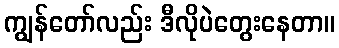
ကျွန်တော်လည်း ဒီလိုပဲတွေးနေတာ။